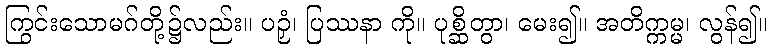
ကြွင်းသောမဂ်တို့၌လည်း။ ပဉှံ၊ ပြဿနာ ကို။ ပုစ္ဆိတွာ၊ မေး၍။ အတိက္ကမ္မ၊ လွန်၍။